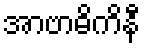
အာဗာဓိကိနီ